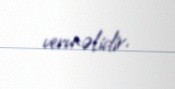
verməlidir.